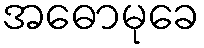
အဓောမုခေ